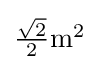
{\textstyle {\frac {\sqrt {2}}{2}}\mathrm {m} ^{2}}